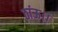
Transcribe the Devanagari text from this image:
ठांऊ।।